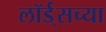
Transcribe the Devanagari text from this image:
लॉर्ड्‌सच्या